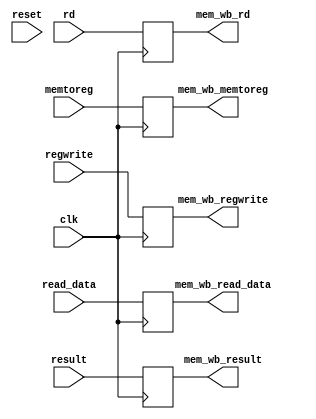
`timescale 1ns / 1ps
//////////////////////////////////////////////////////////////////////////////////
// Company: 
// Engineer: 
// 
// Design Name: 
// Module Name: MEM_WB
// Project Name: 
// Target Devices: 
// Tool Versions: 
// Description: 
// 
// Dependencies: 
// 
// Revision:
// Revision 0.01 - File Created
// Additional Comments:
// 
//////////////////////////////////////////////////////////////////////////////////


module MEM_WB(
input clk,reset,
  input [63:0] read_data,
  input [63:0] result, //ALU Result
  input [4:0] rd,
  input memtoreg, regwrite, //ex mem output as mem wb inputs
  output reg [63:0] mem_wb_read_data, 
  output reg [63:0] mem_wb_result,
  output reg [4:0] mem_wb_rd,
  output reg mem_wb_memtoreg, mem_wb_regwrite
);
  
  always @(posedge clk)begin
         mem_wb_read_data = read_data;
          mem_wb_result = result;
          mem_wb_rd = rd;
          mem_wb_memtoreg = memtoreg;
          mem_wb_regwrite = regwrite;
    end
endmodule